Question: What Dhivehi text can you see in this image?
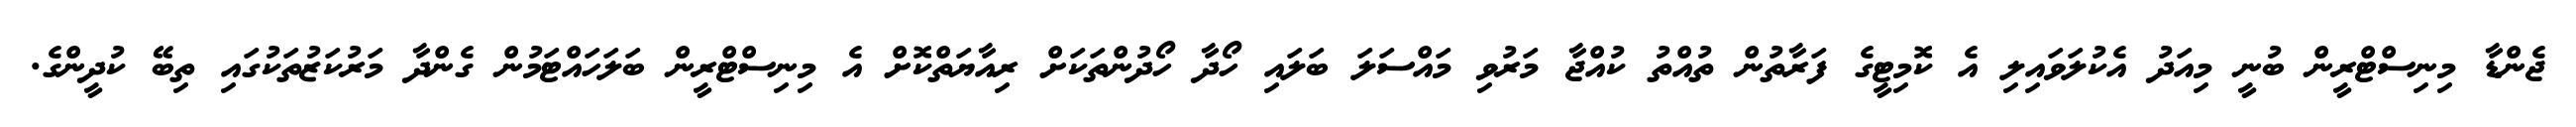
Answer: ޖެންޑާ މިނިސްޓްރީން ބުނީ މިއަދު އެކުލަވައިލި އެ ކޮމިޓީގެ ފަރާތުން ތުއްތު ކުއްޖާ މަރުވި މައްސަލަ ބަލައި ހޯދާ ހޯދުންތަކަށް ރިއާޔަތްކޮށް އެ މިނިސްޓްރީން ބަލަހައްޓަމުން ގެންދާ މަރުކަޒުތަކުގައި ތިބޭ ކުދީންގެ.